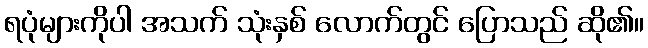
ရပုံများကိုပါ အသက် သုံးနှစ် လောက်တွင် ပြောသည် ဆို၏။